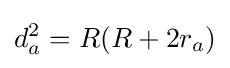
d_{a}^{2}=R(R+2r_{a})